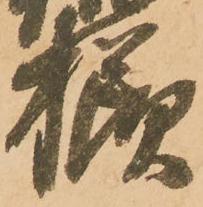
様